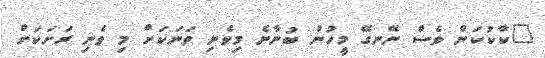
"ކާކުކަން ވެސް ނޭނގޭ މީހުން ބުނާނެ މިވެނި ތަނަކަށް މި ވެނި ރަށަކަށް